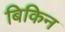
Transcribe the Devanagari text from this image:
बिकिन